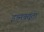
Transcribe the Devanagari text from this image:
इब्‍नबतूता